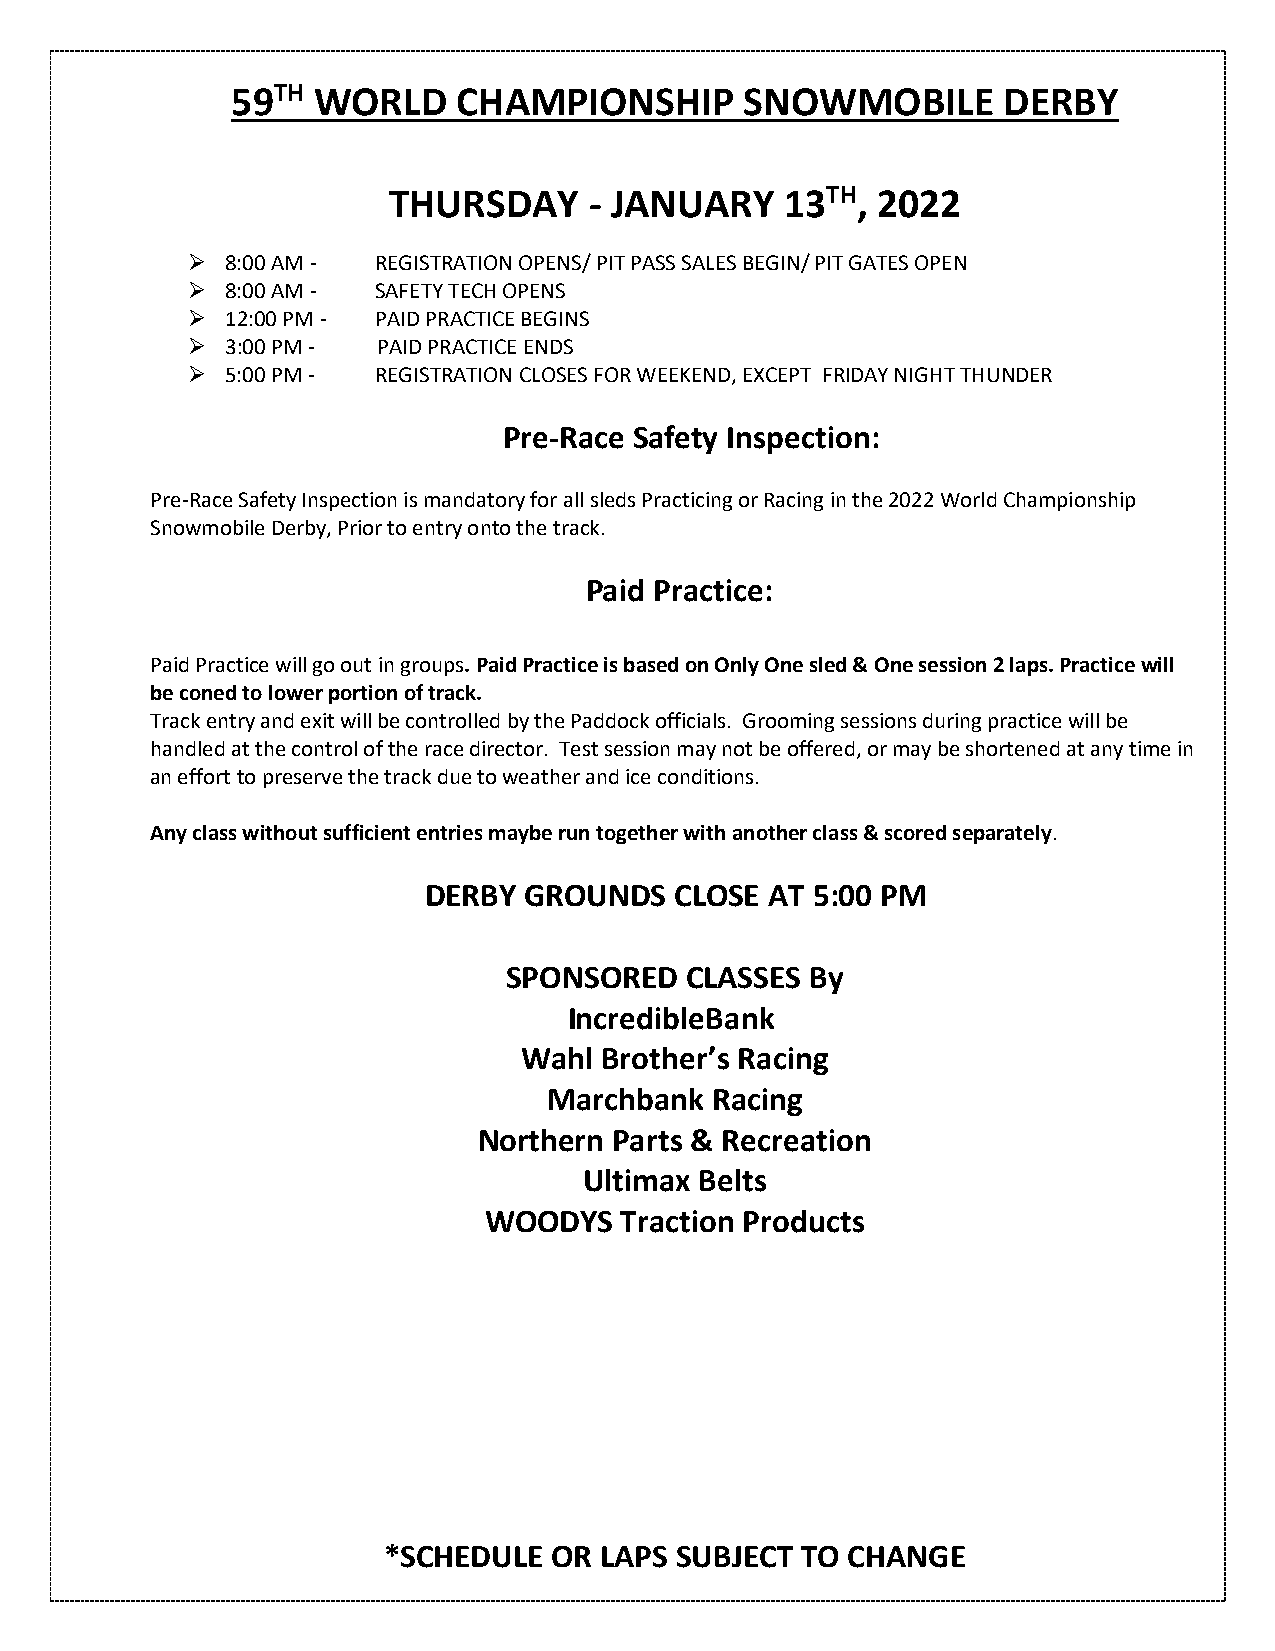
59TH  WORLD    CHAMPIONSHIP       SNOWMOBILE       DERBY
 THURSDAY     - JANUARY    13TH, 2022
 ➢  8:00 AM - REGISTRATION OPENS/ PIT PASS SALES BEGIN/ PIT GATES OPEN
 ➢  8:00 AM - SAFETY TECH OPENS
 ➢  12:00 PM - PAID PRACTICE BEGINS
 ➢  3:00 PM - PAID PRACTICE ENDS
 ➢  5:00 PM - REGISTRATION CLOSES FOR WEEKEND, EXCEPT FRIDAY NIGHT THUNDER
 Pre-Race Safety Inspection:
 Pre-Race Safety Inspection is mandatory for all sleds Practicing or Racing in the 2022 World Championship
 Snowmobile Derby, Prior to entry onto the track.
 Paid Practice:
 Paid Practice will go out in groups. Paid Practice is based on Only One sled & One session 2 laps. Practice will
 be coned to lower portion of track.
 Track entry and exit will be controlled by the Paddock officials. Grooming sessions during practice will be
 handled at the control of the race director. Test session may not be offered, or may be shortened at any time in
 an effort to preserve the track due to weather and ice conditions.
 Any class without sufficient entries maybe run together with another class & scored separately.
 DERBY  GROUNDS   CLOSE AT 5:00 PM
 SPONSORED  CLASSES  By
 IncredibleBank
 Wahl Brother’s Racing
 Marchbank  Racing
 Northern Parts & Recreation
 Ultimax Belts
 WOODYS   Traction Products
 *SCHEDULE   OR LAPS SUBJECT TO CHANGE